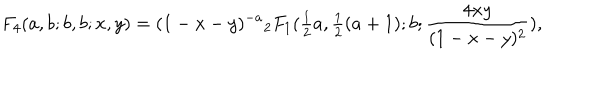
F _ { 4 } ( a , b ; b , b ; x , y ) = ( 1 - x - y ) ^ { - a } { } _ { 2 } F _ { 1 } ( { \textstyle { \frac { 1 } { 2 } } } a , { \textstyle { \frac { 1 } { 2 } } } ( a + 1 ) ; b ; \frac { 4 x y } { ( 1 - x - y ) ^ { 2 } } ) ,